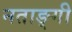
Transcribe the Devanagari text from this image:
नताङ्गी